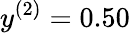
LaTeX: y^{(2)}=0.50